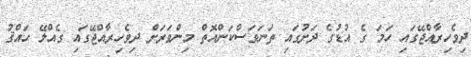
ދިވެހިރާއްޖޭގައި ހަމަ ގެ އުޑުގެ ދަށުގައި ތަނަވަސްކަންއޮތް މިންވަރަށް ދިވެހިރާއްޖޭގައި ގެއްލޭ ޙައްޤު